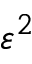
\varepsilon ^ { 2 }